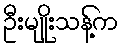
ဦးမျိုးသန့်က